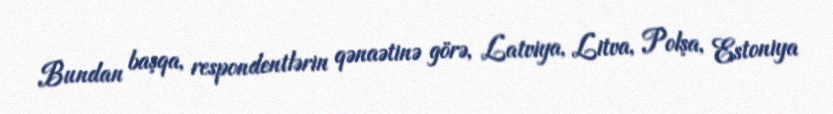
Bundan başqa, respondentlərin qənaətinə görə, Latviya, Litva, Polşa, Estoniya